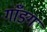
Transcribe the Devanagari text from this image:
गाँङग